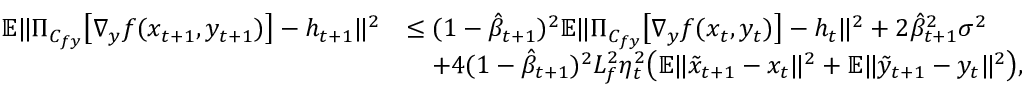
\begin{array} { r l } { \mathbb { E } \| \Pi _ { C _ { f y } } \big [ \nabla _ { y } f ( x _ { t + 1 } , y _ { t + 1 } ) \big ] - h _ { t + 1 } \| ^ { 2 } } & { \leq ( 1 - \hat { \beta } _ { t + 1 } ) ^ { 2 } \mathbb { E } \| \Pi _ { C _ { f y } } \big [ \nabla _ { y } f ( x _ { t } , y _ { t } ) \big ] - h _ { t } \| ^ { 2 } + 2 \hat { \beta } _ { t + 1 } ^ { 2 } \sigma ^ { 2 } } \\ & { \quad + 4 ( 1 - \hat { \beta } _ { t + 1 } ) ^ { 2 } L _ { f } ^ { 2 } \eta _ { t } ^ { 2 } \big ( \mathbb { E } \| \tilde { x } _ { t + 1 } - x _ { t } \| ^ { 2 } + \mathbb { E } \| \tilde { y } _ { t + 1 } - y _ { t } \| ^ { 2 } \big ) , } \end{array}